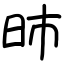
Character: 昁